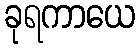
ခုရကာယေ